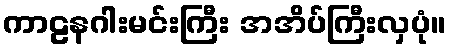
ကာဠနဂါးမင်းကြီး အအိပ်ကြီးလှပုံ။